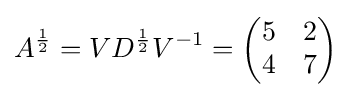
A^{\frac {1}{2}}=VD^{\frac {1}{2}}V^{-1}={\begin{pmatrix}5&2\\4&7\end{pmatrix}}